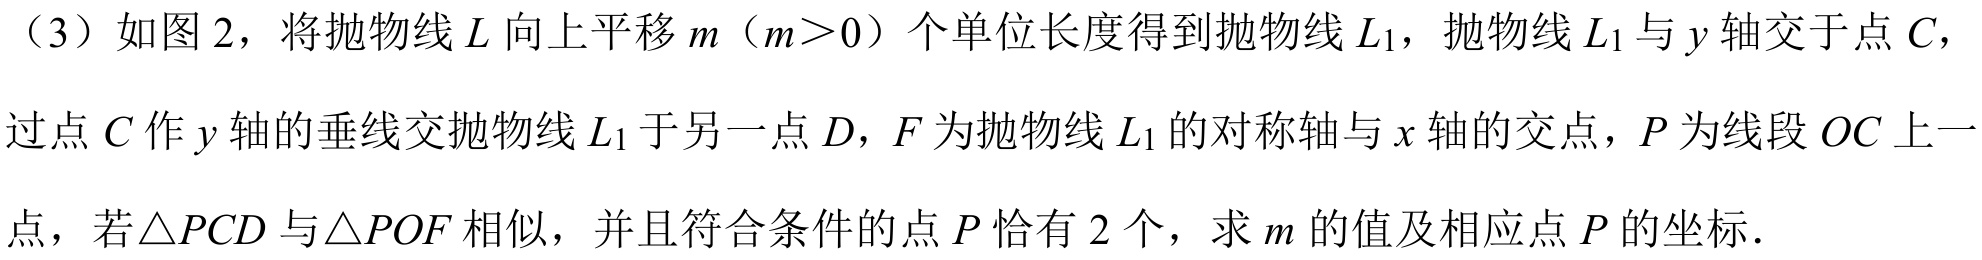
（3）如图 2，将抛物线\(L\)向上平移\(m\)（\(m>0\)）个单位长度得到抛物线\(L_{1}\)，抛物线\(L_{1}\)与\(y\)轴交于点\(C\)，过点\(C\)作\(y\)轴的垂线交抛物线\(L_{1}\)于另一点\(D\)，\(F\)为抛物线\(L_{1}\)的对称轴与\(x\)轴的交点，\(P\)为线段\(OC\)上一点，若\(\triangle PCD\)与\(\triangle POF\)相似，并且符合条件的点\(P\)恰有\(2\)个，求\(m\)的值及相应点\(P\)的坐标．